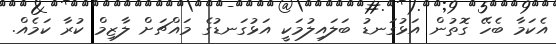
އެކަމާ ބެހޭ ގޮތުން އަޅުގަނޑު ބަލައިލުމަކީ އަޅުގަނޑުގެ މައްޗަށް ލާޒިމް ކުރާ ކަމެއް.